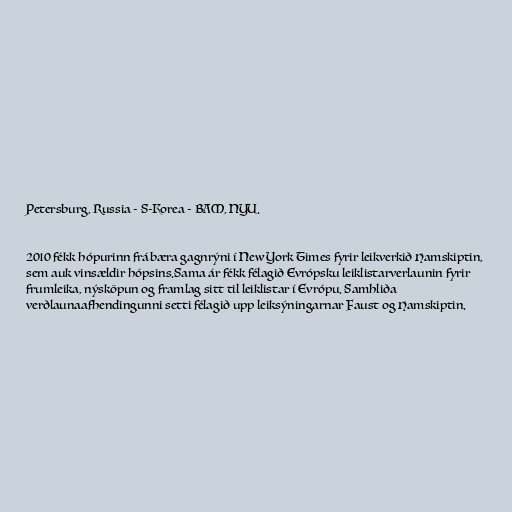
Petersburg, Russia - S-Korea - BAM, NYU.

2010 fékk hópurinn frábæra gagnrýni í New York Times fyrir leikverkið Hamskiptin,
sem auk vinsældir hópsins.Sama ár fékk félagið Evrópsku leiklistarverlaunin fyrir
frumleika, nýsköpun og framlag sitt til leiklistar í Evrópu. Samhliða
verðlaunaafhendingunni setti félagið upp leiksýningarnar Faust og Hamskiptin.